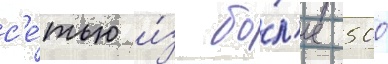
с'е́тью и́з бо́л'ее 500